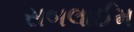
સબલાઈમ